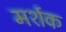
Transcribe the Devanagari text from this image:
मर्शक